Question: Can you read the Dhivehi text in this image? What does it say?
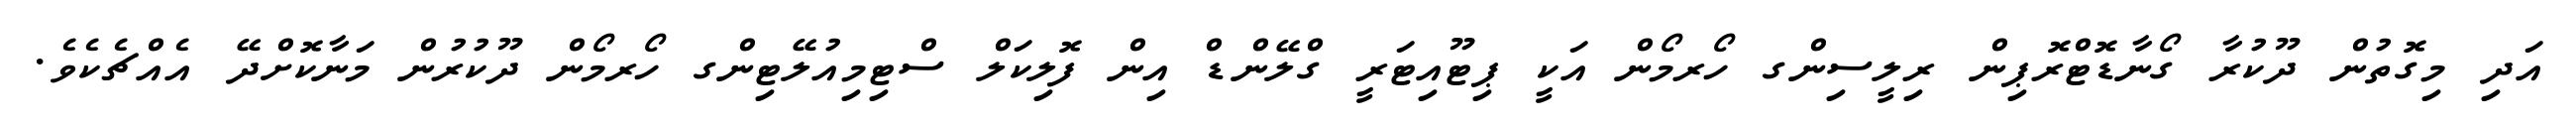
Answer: އަދި މިގޮތުން ދޫކުރާ ގޯނާޑޮޓްރޮޕިން ރިލީސިންގ ހޯރމޯން އަކީ ޕިޓޫއިޓަރީ ގްލޭންޑް އިން ފޮލިކަލް ސްޓިމިއުލޭޓިންގ ހޯރމޯން ދޫކުރުން މަނާކޮށްދޭ އެއްޗެކެވެ.